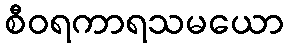
စီဝရကာရသမယော